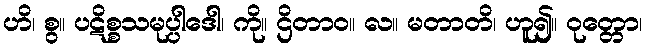
ဟိ၊ စွ။ ပဋိစ္စသမုပ္ပါဒေါ၊ ကို။ ဌိတာဝ။ လ။ မတာတိ၊ ဟူ၍။ ဝုတ္တော၊